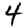
Digit: 4